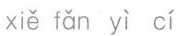
xiě fǎn yì cí